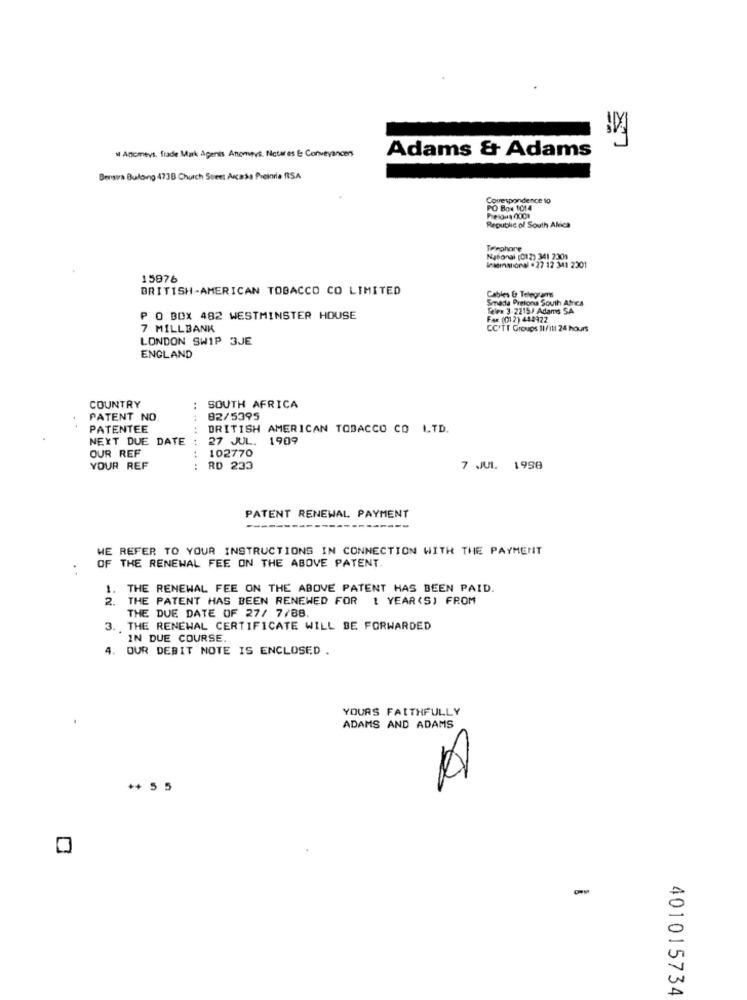
Adams & Adams
Anomevs. frade Mark Agents Anonvvs. Notar es E Conveyances
Bergva Bulong 4738 Church Street Acabo Pretoria RSA
Correspondence to
PO Box 1014
Republic of South Alica
Trephore
National (012) 341 2301
Insemaioral . 27 12 341 2301
15976
BRITISH-AMERICAN TOBACCO CO LIMITED
Smada Pretonu South Africa
Cables & Telegram
Telex 3-2215/ Adams SA
P O BOX 482 WESTMINSTER HOUSE
Fax (01 2) 444922
7 MILLBANK
CCITT Groups IIfill 24 hours
LONDON SWIP 3JE
ENGLAND
COUNTRY
SOUTH AFRICA
PATENT NO.
82/5395
PATENTEE
BRITISH AMERICAN TOBACCO CO LTD.
NEXT DUE DATE :
27 JUL. 1909
102770
OUR REF
YOUR REF
: RD 233
.. ..
7 JUL. 1998
PATENT RENEWAL PAYMENT
---
.--
WE REFER TO YOUR INSTRUCTIONS IN CONNECTION WITH THE PAYMENT
OF THE RENEWAL FEE ON THE ABOVE PATENT.
1. THE RENEWAL FEE ON THE ABOVE PATENT HAS BEEN PAID.
2. THE PATENT HAS BEEN RENEWED FOR 1 YEAR (S) FROM
THE DUE DATE OF 27/ 7/88
3. , THE RENEWAL CERTIFICATE WILL BE FORWARDED
IN DUE COURSE
4. OUR DEBIT NOTE IS ENCLOSED .
YOURS FAITHFULLY
ADAMS AND ADAMS
A
** 5 5
401015734